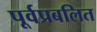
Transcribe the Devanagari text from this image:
पूर्वप्रबलित